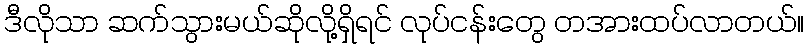
ဒီလိုသာ ဆက်သွားမယ်ဆိုလို့ရှိရင် လုပ်ငန်းတွေ တအားထပ်လာတယ်။